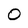
Character: 0